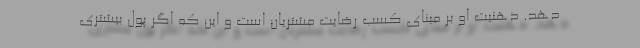
دهد. ذهنیت او بر مبنای کسب رضایت مشتریان است و این که اگر پول بیشتری